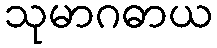
သုမာဂဓာယ